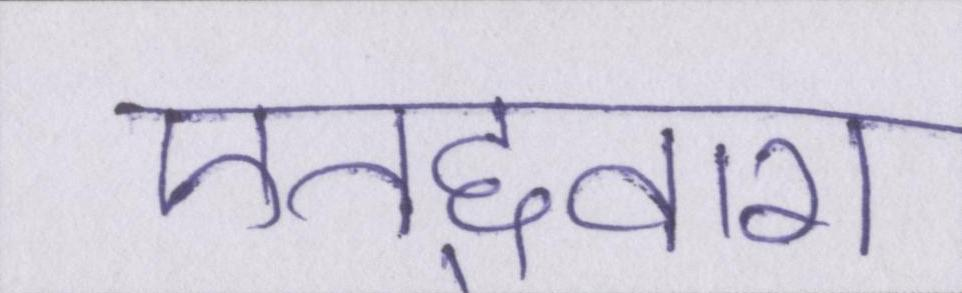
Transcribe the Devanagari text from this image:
एतद्द्वारा